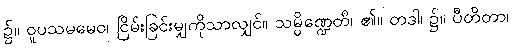
၌။ ဝူပသမမေဝ၊ ငြိမ်းခြင်းမျှကိုသာလျှင်။ သမ္ပိဏ္ဍေတိ၊ ၏။ တဒါ၊ ၌။ ပီတိတာ၊